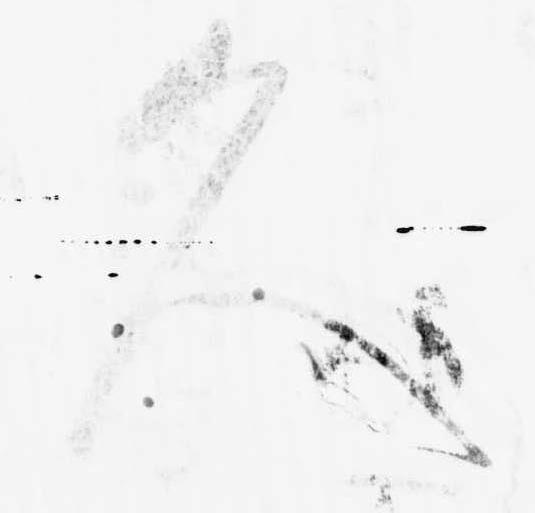
久